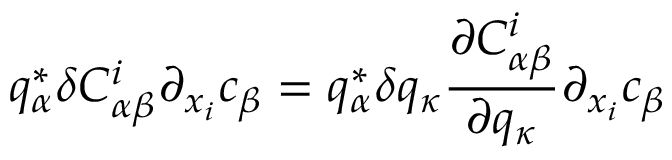
q _ { \alpha } ^ { * } \delta C _ { \alpha \beta } ^ { i } \partial _ { x _ { i } } c _ { \beta } = q _ { \alpha } ^ { * } \delta q _ { \kappa } \frac { \partial C _ { \alpha \beta } ^ { i } } { \partial q _ { \kappa } } \partial _ { x _ { i } } c _ { \beta }